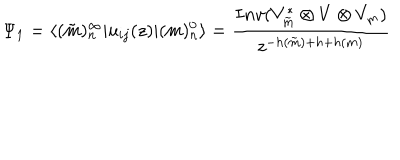
\Psi _ { 1 } = \langle ( \tilde { m } ) _ { n } ^ { \infty } | u _ { i j } ( z ) | ( m ) _ { n } ^ { 0 } \rangle = \frac { I n v ( V _ { \tilde { m } } ^ { \ast } \otimes V \otimes V _ { m } ) } { z ^ { - h ( \tilde { m } ) + h + h ( m ) } }